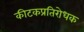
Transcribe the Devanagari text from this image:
कीटकप्रतिरोधक